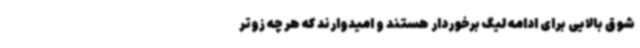
شوق بالایی برای ادامه لیگ برخوردار هستند و امیدوارند که هر چه زوتر